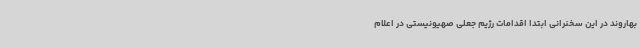
بهاروند در این سخنرانی ابتدا اقدامات رژیم جعلی صهیونیستی در اعلام